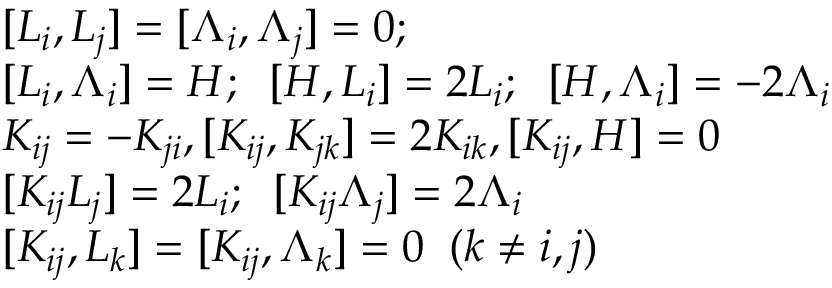
\begin{array} { l } { { { } [ L _ { i } , L _ { j } ] = [ \Lambda _ { i } , \Lambda _ { j } ] = 0 ; \; \; } } \\ { { [ L _ { i } , \Lambda _ { i } ] = H ; \; \; [ H , L _ { i } ] = 2 L _ { i } ; \; \; [ H , \Lambda _ { i } ] = - 2 \Lambda _ { i } } } \\ { { { } K _ { i j } = - K _ { j i } , [ K _ { i j } , K _ { j k } ] = 2 K _ { i k } , [ K _ { i j } , H ] = 0 } } \\ { { { } [ K _ { i j } L _ { j } ] = 2 L _ { i } ; \; \; [ K _ { i j } \Lambda _ { j } ] = 2 \Lambda _ { i } } } \\ { { { } [ K _ { i j } , L _ { k } ] = [ K _ { i j } , \Lambda _ { k } ] = 0 \; \; ( k \neq i , j ) } } \end{array}